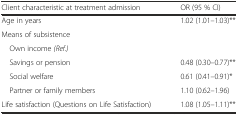
<table><thead><tr><td><b>Client characteristic at treatment admission</b></td><td><b>OR (95 % CI)</b></td></tr></thead><tbody><tr><td>Age in years</td><td>1.02 (1.01–1.03)**</td></tr><tr><td>Means of subsistence</td><td></td></tr><tr><td> Own income <i>(Ref.)</i></td><td></td></tr><tr><td> Savings or pension</td><td>0.48 (0.30–0.77)**</td></tr><tr><td> Social welfare</td><td>0.61 (0.41–0.91)*</td></tr><tr><td> Partner or family members</td><td>1.10 (0.62–1.96)</td></tr><tr><td>Life satisfaction (Questions on Life Satisfaction)</td><td>1.08 (1.05–1.11)**</td></tr></tbody></table>